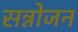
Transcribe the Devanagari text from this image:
सन्नोजन